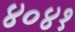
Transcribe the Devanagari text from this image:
४०४१